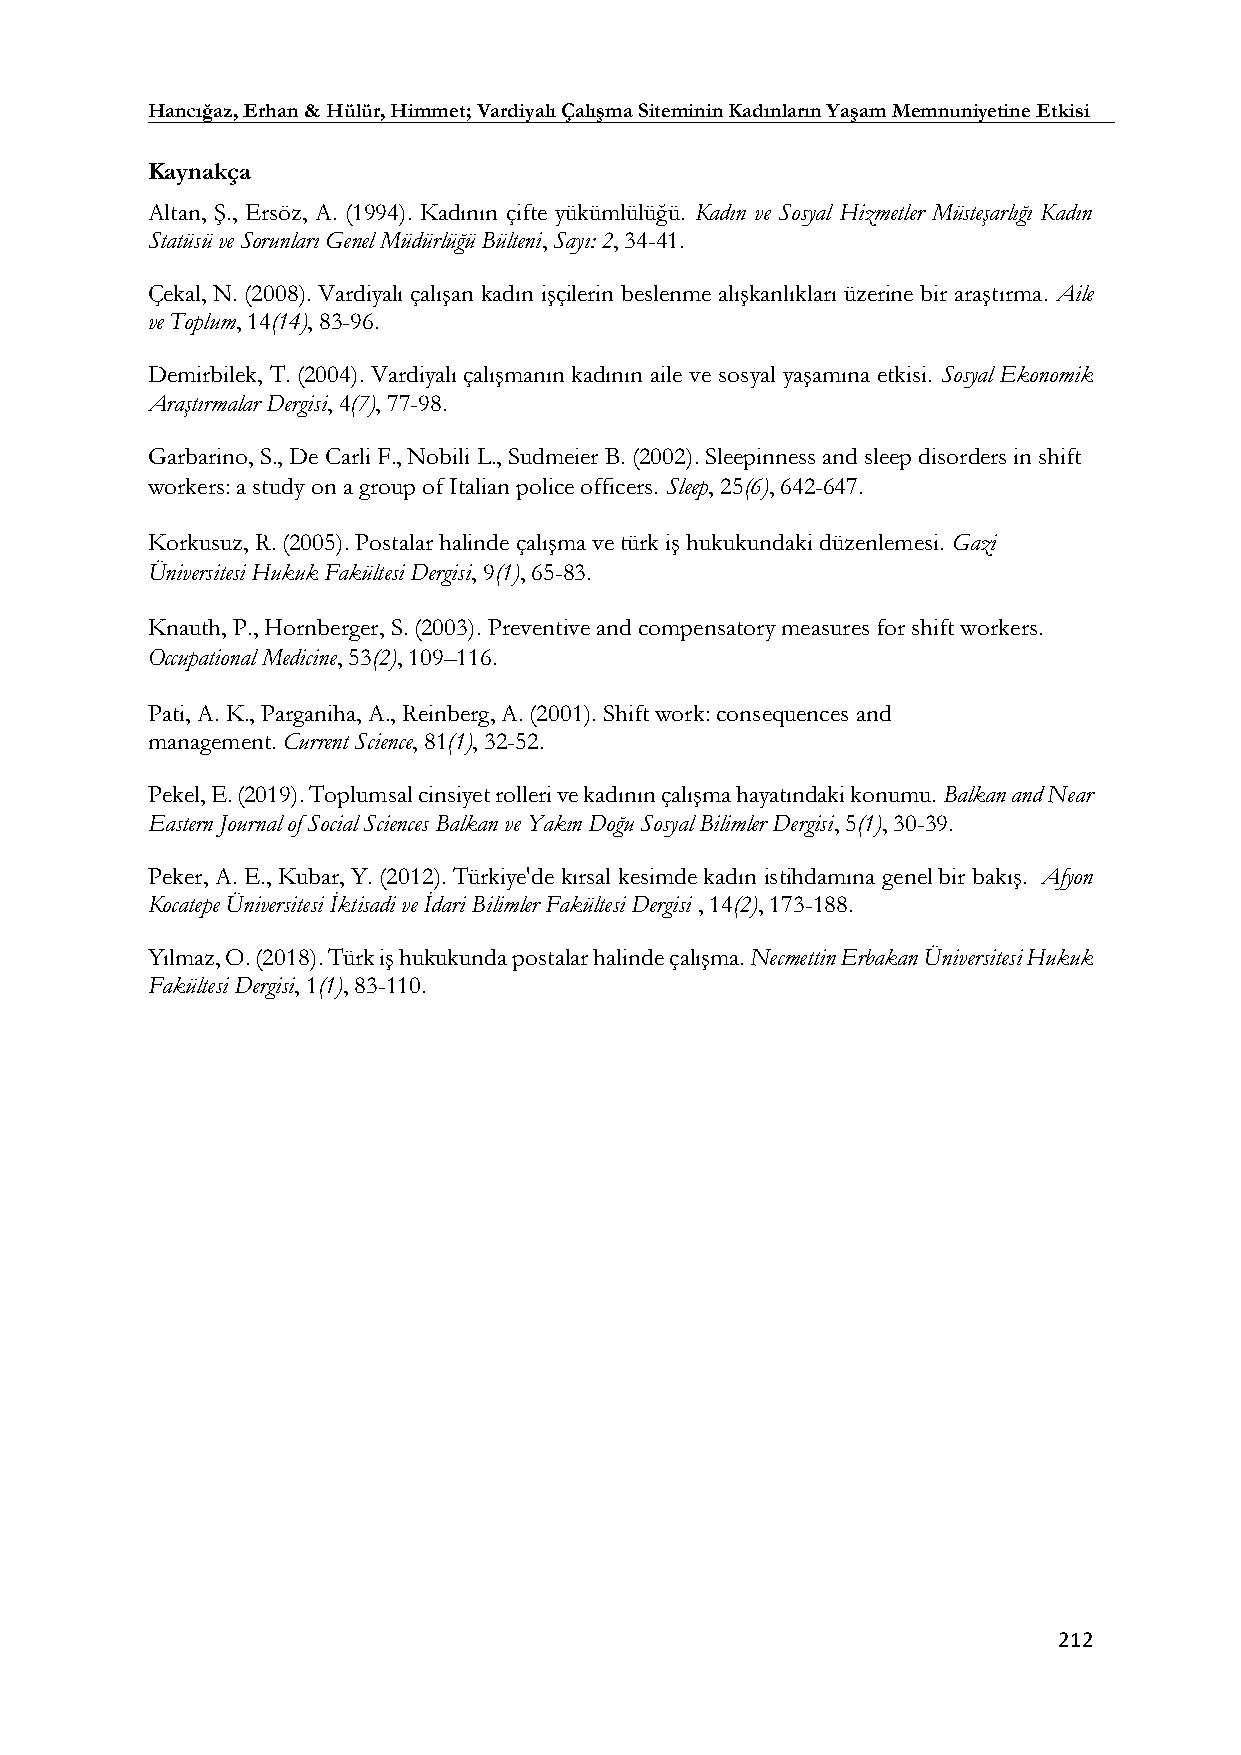
Hancığaz, Erhan & Hülür, Himmet; Vardiyalı Çalışma Siteminin Kadınların Yaşam Memnuniyetine Etkisi
 Kaynakça
 Altan, Ş., Ersöz, A. (1994). Kadının çifte yükümlülüğü. Kadın ve Sosyal Hizmetler Müsteşarlığı Kadın
 Statüsü ve Sorunları Genel Müdürlüğü Bülteni, Sayı: 2, 34-41.
 Çekal, N. (2008). Vardiyalı çalışan kadın işçilerin beslenme alışkanlıkları üzerine bir araştırma. Aile
 ve Toplum, 14(14), 83-96.
 Demirbilek, T. (2004). Vardiyalı çalışmanın kadının aile ve sosyal yaşamına etkisi. Sosyal Ekonomik
 Araştırmalar Dergisi, 4(7), 77-98.
 Garbarino, S., De Carli F., Nobili L., Sudmeier B. (2002). Sleepinness and sleep disorders in shift
 workers: a study on a group of Italian police officers. Sleep, 25(6), 642-647.
 Korkusuz, R. (2005). Postalar halinde çalışma ve türk iş hukukundaki düzenlemesi. Gazi
 Üniversitesi Hukuk Fakültesi Dergisi, 9(1), 65-83.
 Knauth, P., Hornberger, S. (2003). Preventive and compensatory measures for shift workers.
 Occupational Medicine, 53(2), 109–116.
 Pati, A. K., Parganiha, A., Reinberg, A. (2001). Shift work: consequences and
 management. Current Science, 81(1), 32-52.
 Pekel, E. (2019). Toplumsal cinsiyet rolleri ve kadının çalışma hayatındaki konumu. Balkan and Near
 Eastern Journal of Social Sciences Balkan ve Yakın Doğu Sosyal Bilimler Dergisi, 5(1), 30-39.
 Peker, A. E., Kubar, Y. (2012). Türkiye'de kırsal kesimde kadın istihdamına genel bir bakış. Afyon
 Kocatepe Üniversitesi İktisadi ve İdari Bilimler Fakültesi Dergisi , 14(2), 173-188.
 Yılmaz, O. (2018). Türk iş hukukunda postalar halinde çalışma. Necmettin Erbakan Üniversitesi Hukuk
 Fakültesi Dergisi, 1(1), 83-110.
 212